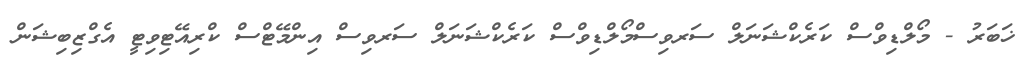
ޚަބަރު - މޯލްޑިވްސް ކަރެކްޝަނަލް ސަރވިސްމޯލްޑިވްސް ކަރެކްޝަނަލް ސަރވިސް އިންމޭޓްސް ކްރިއޭޓިވިޓީ އެގްޒިބިޝަން